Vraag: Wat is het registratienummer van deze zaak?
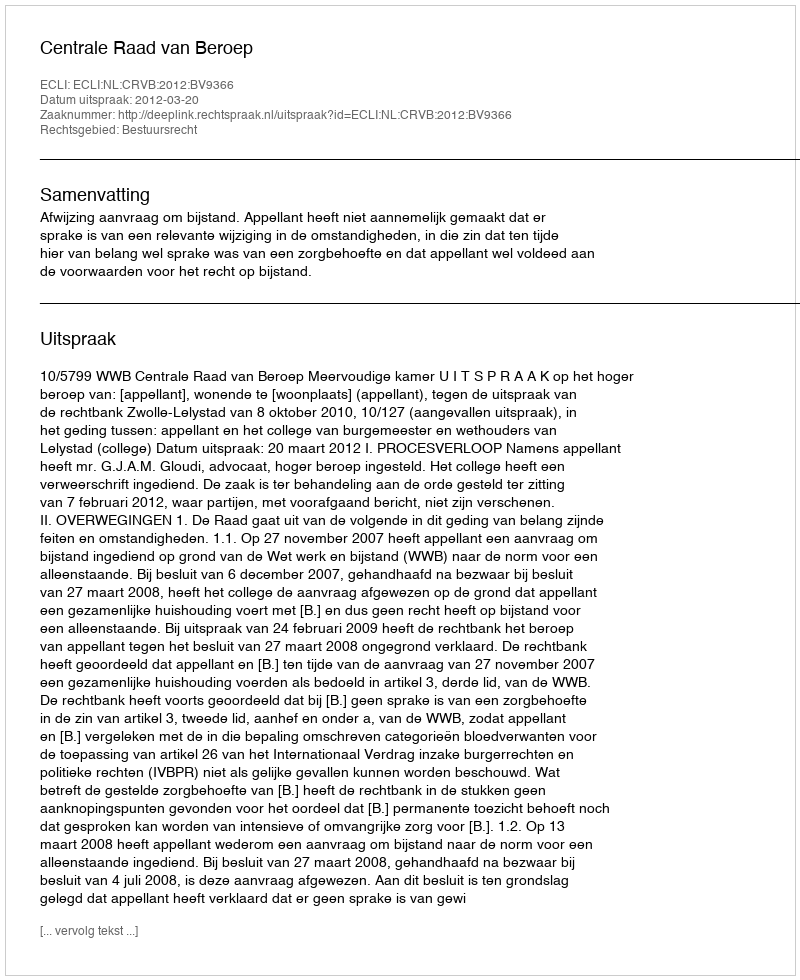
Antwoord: http://deeplink.rechtspraak.nl/uitspraak?id=ECLI:NL:CRVB:2012:BV9366